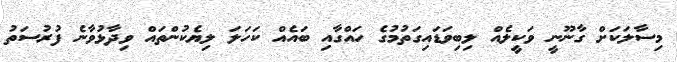
މިސާލަކަށް ގާނޫނީ ވަކީލެއް ލިބިވަޑައިގަތުމުގެ ހައްގާއި ބައެއް ކަހަލަ ލިޔެކުންތައް ވިދާޅުވާނެ ފުރުސަތު